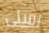
زميلى